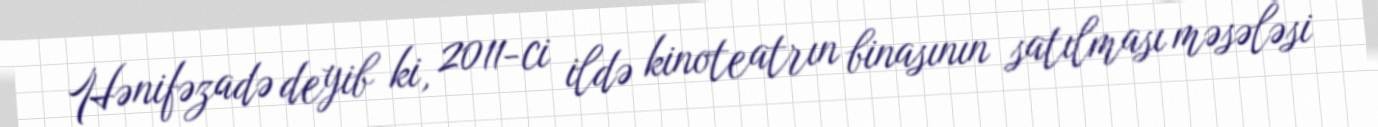
Hənifəzadə deyib ki, 2011-ci ildə kinoteatrın binasının satılması məsələsi